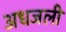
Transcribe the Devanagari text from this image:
अधजली